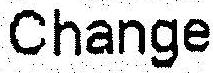
CHANGE